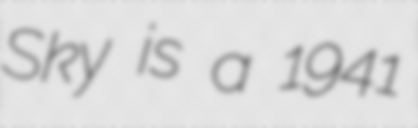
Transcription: Sky is a 1941